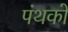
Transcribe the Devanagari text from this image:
पंथको